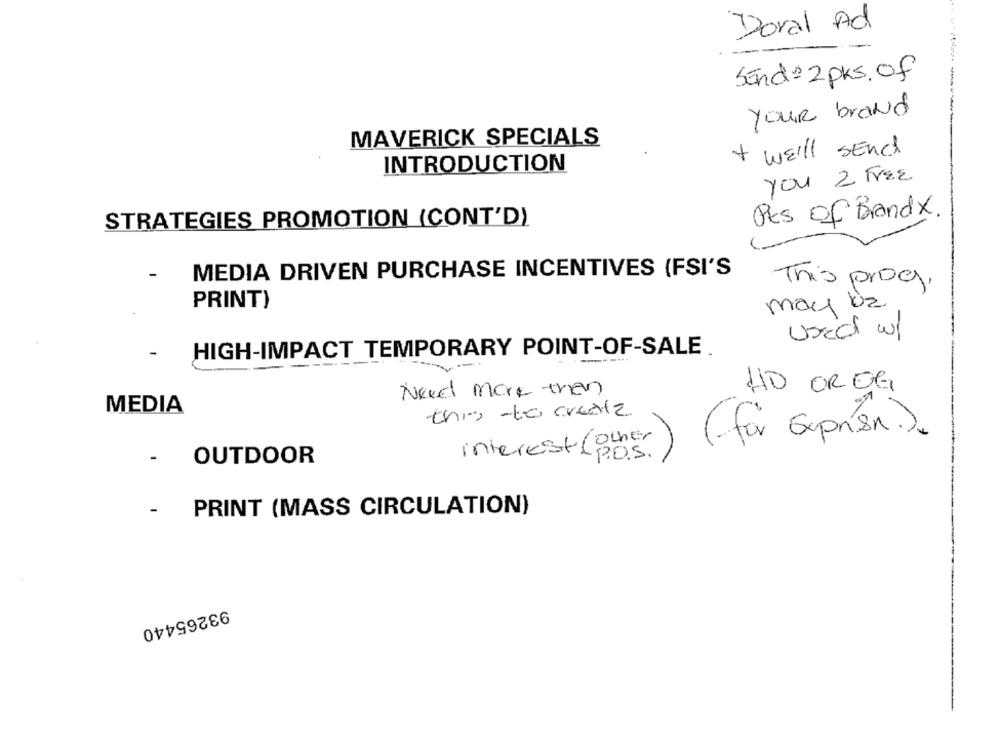
Doral Ad
Send=2pks. of
YOUR brand
MAVERICK SPECIALS
+ WE'll Send
INTRODUCTION
You 2 FREE
Pes of Brandx
STRATEGIES PROMOTION (CONT'D)
MEDIA DRIVEN PURCHASE INCENTIVES (FSI'S
This prog.
PRINT)
may bz
used w/
HIGH-IMPACT TEMPORARY POINT-OF-SALE
Need More than
HD OROG
MEDIA
this -to create
other
(for Exprísa.).
OUTDOOR
interest (p.o.s.
PRINT (MASS CIRCULATION)
93265440